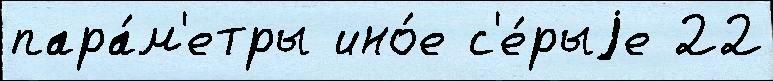
пара́м'етры ино́е с'е́рыjе 22